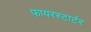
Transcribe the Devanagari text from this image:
फायरस्टार्टर